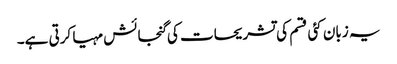
یہ زبان کئی قسم کی تشریحات کی گنجائش مہیا کرتی ہے۔